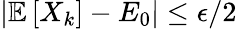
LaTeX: |\mathbb{E}\left[X_{k}\right]-E_{0}|\le\epsilon/2